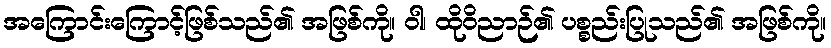
အကြောင်းကြောင့်ဖြစ်သည်၏ အဖြစ်ကို။ ဝါ၊ ထိုဝိညာဉ်၏ ပစ္စည်းပြုသည်၏ အဖြစ်ကို။